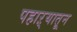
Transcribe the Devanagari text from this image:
पहाऱ्यातून